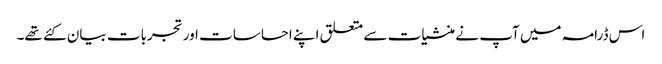
اس ڈرامہ میں آپ نے منشیات سے متعلق اپنے احساسات اور تجربات بیان کئے تھے۔